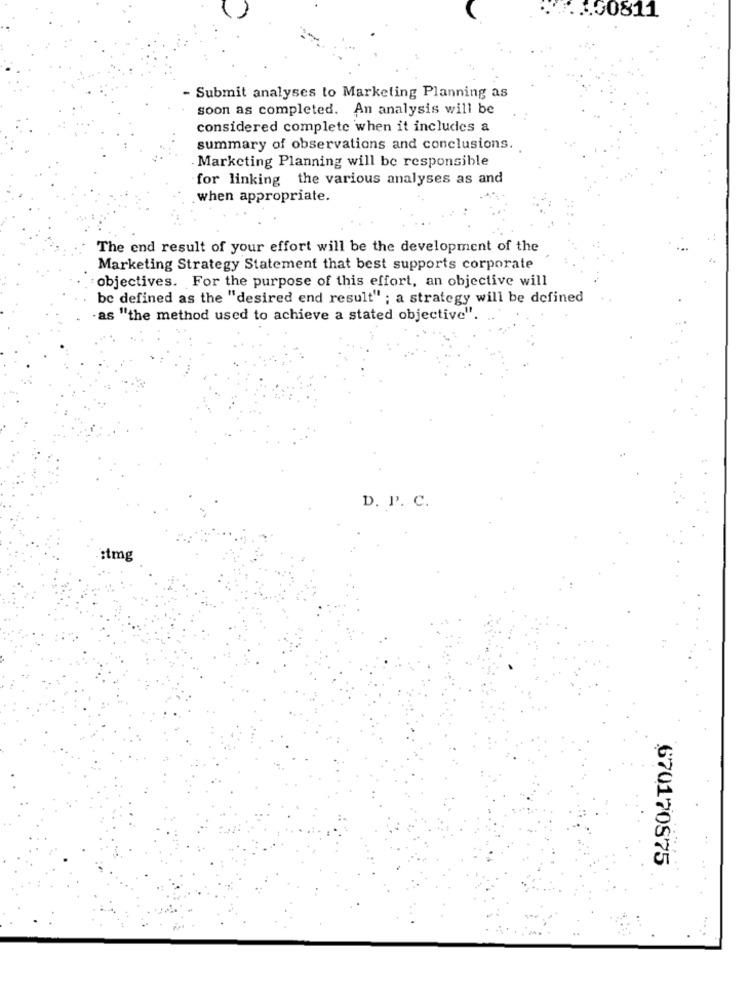
1.00811
- Submit analyses to Marketing Planning as
soon as completed. An analysis will be
considered complete when it includes a
summary of observations and conclusions.
Marketing Planning will be responsible
for linking the various analyses as and
when appropriate.
The end result of your effort will be the development of the
Marketing Strategy Statement that best supports corporate
objectives. For the purpose of this effort, an objective will
be defined as the "desired end result" ; a strategy will be defined
-as "the method used to achieve a stated objective".
D. P. C.
.: tmg
670170875